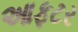
આફટર